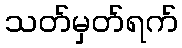
သတ်မှတ်ရက်